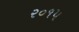
ર૦૧૫